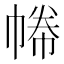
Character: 𢄑